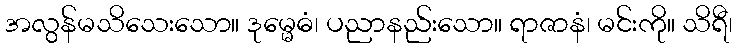
အလွန်မသိသေးသော။ ဒုမ္မေဓံ၊ ပညာနည်းသော။ ရာဇာနံ၊ မင်းကို။ သိရီ၊